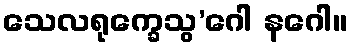
သေလရုက္ခေသွ’ဂေါ နဂေါ။